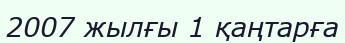
2007 жылғы 1 қаңтарға